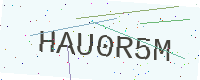
Text: HAU0R5M